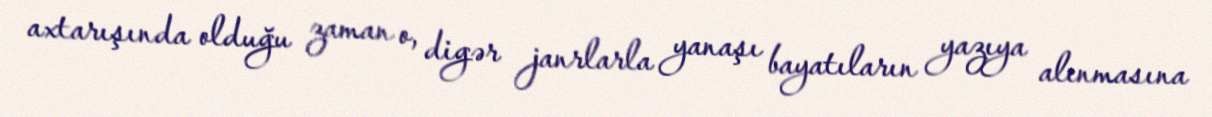
axtarışında olduğu zaman o, digər janrlarla yanaşı bayatıların yazıya alınmasına